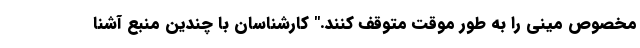
مخصوص مینی را به طور موقت متوقف كنند." کارشناسان با چندین منبع آشنا